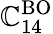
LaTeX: \mathbb{C}_{14}^{\mathrm{{BO}}}